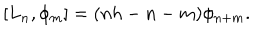
[ L _ { n } , \phi _ { m } ] = ( n h - n - m ) \phi _ { n + m } .